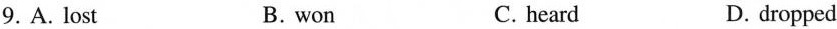
9.A. Lost B.won C.heard D.dropped